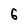
Character: 6